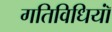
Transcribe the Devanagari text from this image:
गतिविधियॉं